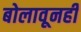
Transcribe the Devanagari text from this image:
बोलावूनही